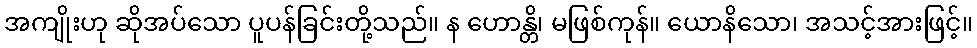
အကျိုးဟု ဆိုအပ်သော ပူပန်ခြင်းတို့သည်။ န ဟောန္တိ၊ မဖြစ်ကုန်။ ယောနိသော၊ အသင့်အားဖြင့်။